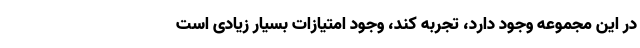
در این مجموعه وجود دارد، تجربه کند، وجود امتیازات بسیار زیادی است